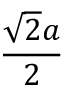
\frac { \sqrt { 2 } a } { 2 }